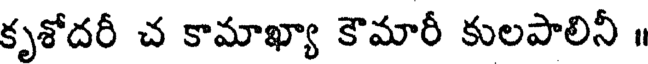
కృశోదరీ చ కామాఖ్యా కౌమారీ కులపాలినీ